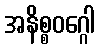
အနိစ္စဝဂ္ဂေါ